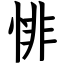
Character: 悱